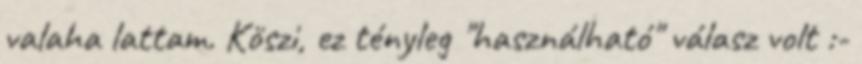
valaha lattam. Köszi, ez tényleg "használható" válasz volt :-